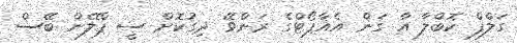
ގަލްފް ކޮބްލާ އާ ގަން އެއާޕޯޓްގެ ރަންވޭ ދިގުކޮށް ސީ ޕްލޭން ބޭސް